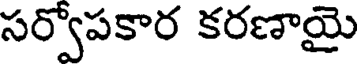
సర్వోపకార కరణాయై